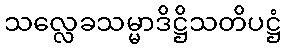
သလ္လေခသမ္မာဒိဋ္ဌိသတိပဋ္ဌံ